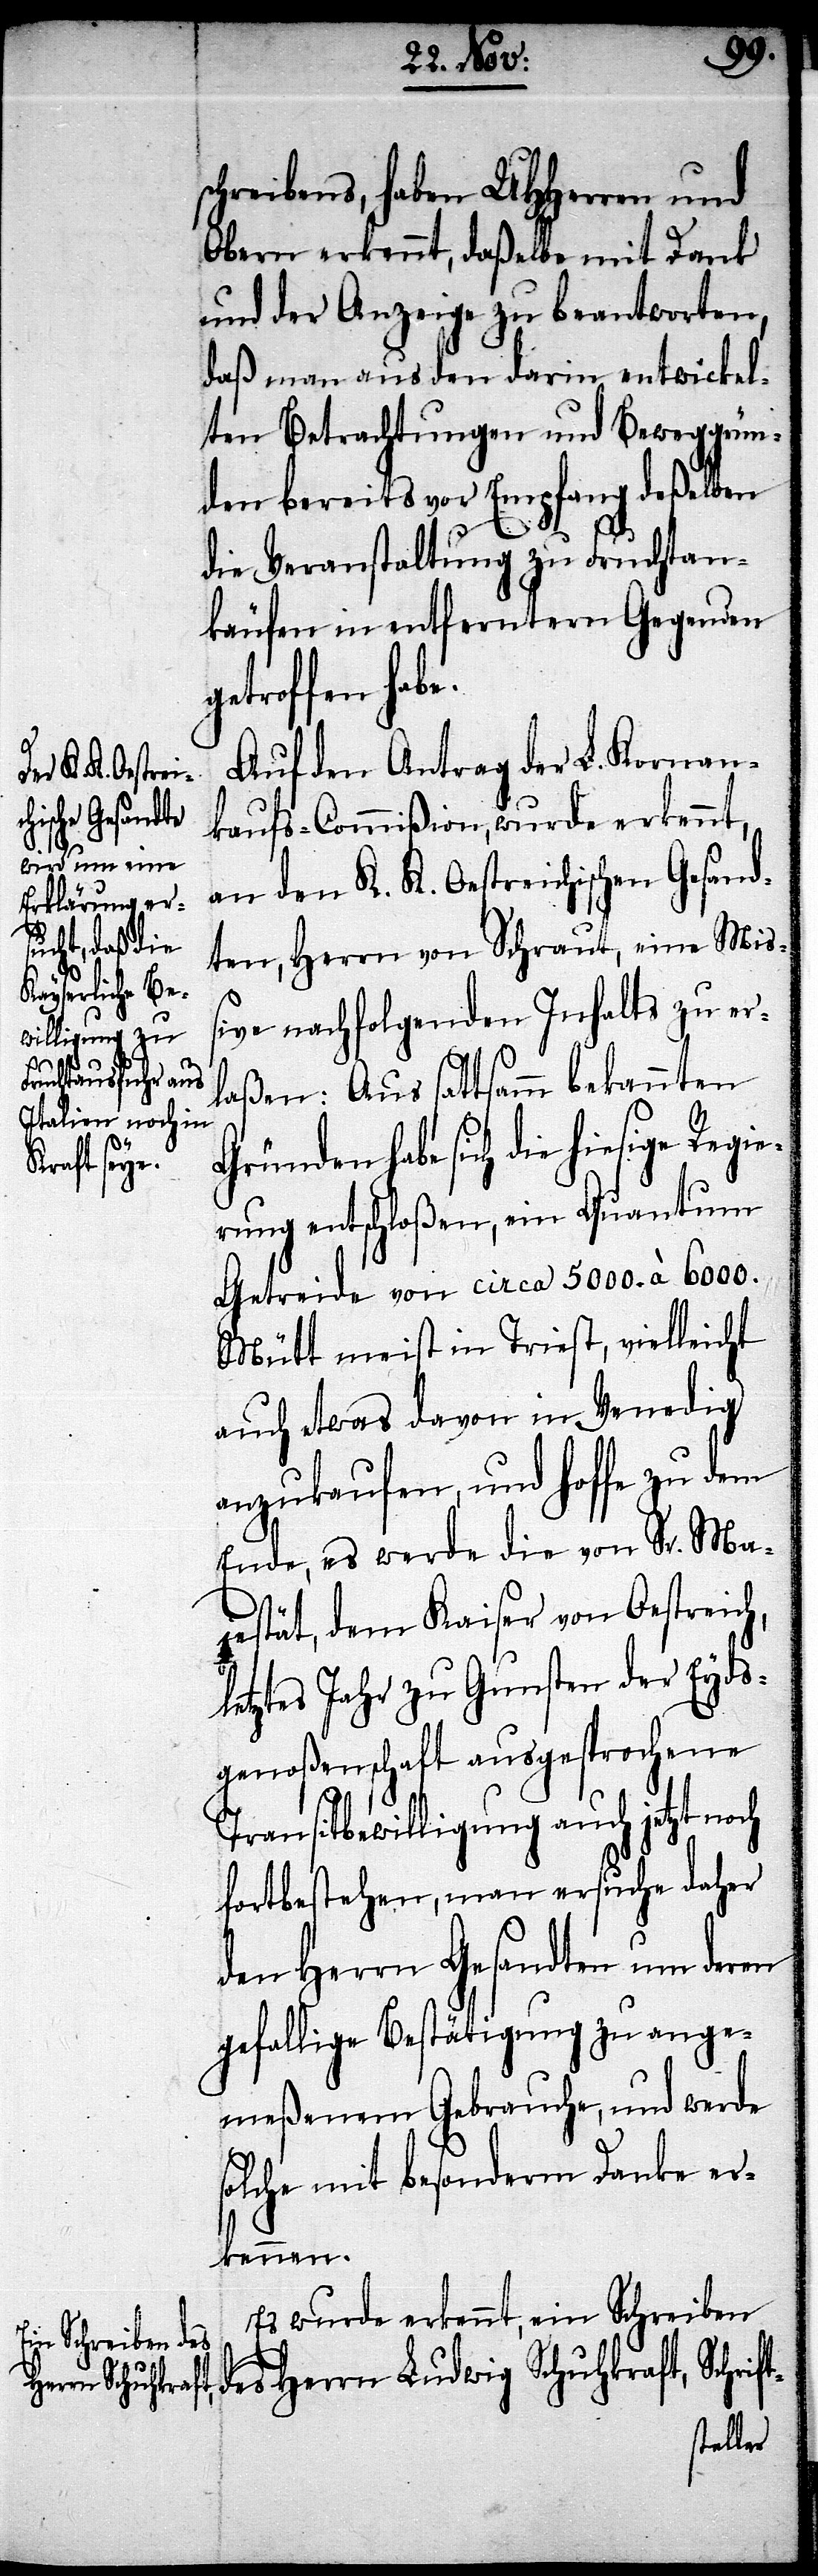
L.
dem L. Oberamte

schreibens, haben UHHerren und
Obern erkennt, daßelbe mit Dank
und der Anzeige zu beantworten,
daß man aus den darin entwickel¬
ten Betrachtungen und Beweggrün¬
den bereits vor Empfang deßelben
die Veranstaltung zu Fruchtan¬
käufen in entferntern Gegenden
getroffen habe.
Auf den Antrag der L. Kornan¬
kaufs-Commißion, wurde erkennt,
an den K. K. Oestreichischen Gesand¬
ten, Herrn von Schraut, eine Mis¬
sive nachfolgenden Inhalts zu er¬
laßen: Aus sattsamm bekannten
habe sich die hiesige Regi¬
erung entschloßen, ein Quantum
Getreide von circa 5000. à 6000.
Mütt meist in Triest, vielleicht
auch etwas davon in Venedig
anzukaufen, und hoffe zu dem
Ende, es werde die von Sr. Ma¬
jestät, dem Kaiser von Oestreich,
letztes Jahr zu Gunsten der Eyds¬
genoßenschaft ausgesprochene
Transitbewilligung auch jetzt noch
fortbestehen, man ersuche daher
den Herrn Gesandten um deren
gefallige Bestätigung zu ange¬
meßenem Gebrauche, und werde
solche mit besonderm Danke er¬
kennen.
Es wurde erkennt, ein Schreiben
des Herrn Ludwig Schuhkraft, Schrift-